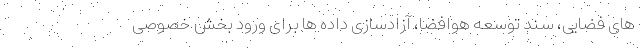
های فضایی، سند توسعه هوافضا، آزادسازی داده ها برای ورود بخش خصوصی